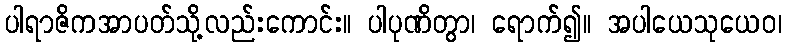
ပါရာဇိကအာပတ်သို့လည်းကောင်း။ ပါပုဏိတွာ၊ ရောက်၍။ အပါယေသုယေဝ၊